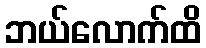
ဘယ်လောက်ထိ